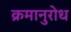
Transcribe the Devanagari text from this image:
क्रमानुरोध